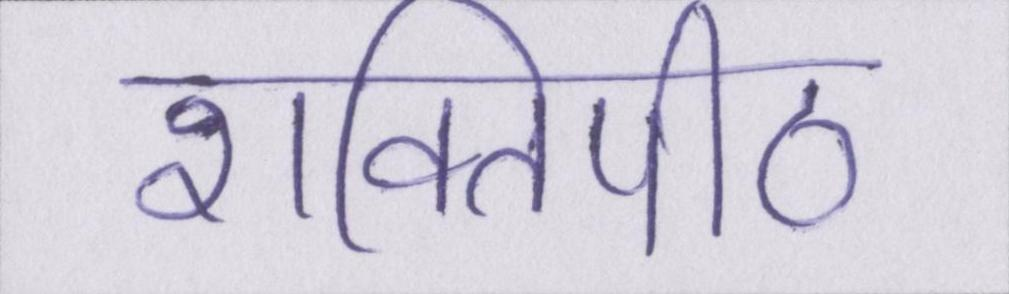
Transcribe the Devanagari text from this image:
शक्तिपीठ